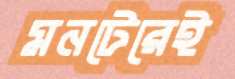
মনটেরেই